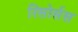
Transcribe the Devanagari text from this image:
रिसोर्सस